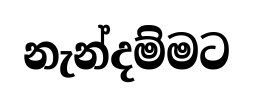
නැන්දම්මට